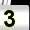
Digit: 3